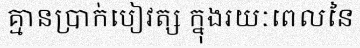
គ្មានប្រាក់បៀវត្ស ក្នុងរយៈពេលនៃ